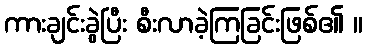
ကားချင်းခွဲပြီး စီးလာခဲ့ကြခြင်းဖြစ်၏ ။